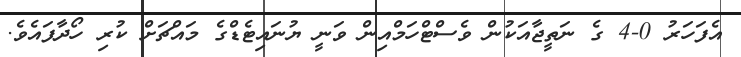
އެފަހަރު 0-4 ގެ ނަތީޖާއަކުން ވެސްޓްހަމްއިން ވަނީ ޔުނައިޓެޑްގެ މައްޗަށް ކުރި ހޯދާފައެވެ.